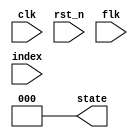
// finite state machine - FF block
module fsm (
  input clk,
  input rst_n,
  input flk,
  input [4:0] index,
  output reg [2:0] state
);

  localparam S0 = 3'b000,
             S1 = 3'b001,
             S2 = 3'b010,
             S3 = 3'b011,
             S4 = 3'b100,
             S5 = 3'b101,
             S6 = 3'b110;

  initial begin
      state = S0;
  end
  always @(rst_n) begin
      if (rst_n == 0) begin
          state <= S0;
      end
  end
  always @(posedge clk) begin
      case(state)
          S0: if(rst_n == 1 && flk == 1 && index == 0) begin
                  state <= S1;
              end
          S1: if(index == 14) begin // Check if index is 14 (before 15 to avoid double counting)
                  state <= S2;
              end
          S2: if(index == 6) begin
                  if(flk == 0) begin
                      state <= S3;
                  end else begin
                      state <= S1;
                  end
              end
          S3: if(index == 9) begin
                  state <= S4;
              end
          S4: if(index == 1 || index == 6) begin
                  if(flk == 0) begin
                      if(index == 1) begin
                          state <= S5;
                      end
                  end else begin 
                      state <= S3;
                  end
              end
          S5: if(index == 4) begin
                  state <= S6;
              end
          S6: if(index == 1) begin
                  state <= S0;
              end
          default: begin
              state <= S0;
          end
      endcase
  end

endmodule

// index_calculating block - FF block
module index_calculating (
  input [2:0] state,
  input clk,
  input rst_n,
  output reg [4:0] index
);
  localparam S0 = 3'b000,
             S1 = 3'b001,
             S2 = 3'b010,
             S3 = 3'b011,
             S4 = 3'b100,
             S5 = 3'b101,
             S6 = 3'b110;
  always @(rst_n) begin
      if (rst_n == 0) begin
          index <= 5'b00000;
      end
  end  
  always @(posedge clk) begin 
    if (rst_n == 1) begin
      case(state)
        S0: index <= 5'b0000;
        S1: index <= index + 1;
        S2: index <= index - 1;
        S3: index <= index + 1;
        S4: index <= index - 1;
        S5: index <= index + 1;
        S6: index <= index - 1;
        default: begin
          index <= 5'b0000;
        end
      endcase
    end
  end
endmodule

    
// decode block - combinational block
module decode (
  input [4:0] index,
  output reg [15:0] led
);

  always @(index) begin
      case (index)
          5'b00000 : led = 16'b00_00_00_00_00_00_00_01; //0
          5'b00001 : led = 16'b00_00_00_00_00_00_00_11; //1
          5'b00010 : led = 16'b00_00_00_00_00_00_01_11; //2 
          5'b00011 : led = 16'b00_00_00_00_00_00_11_11; //3
          5'b00100 : led = 16'b00_00_00_00_00_01_11_11; //4
          5'b00101 : led = 16'b00_00_00_00_00_11_11_11; //5
          5'b00110 : led = 16'b00_00_00_00_01_11_11_11; //6
          5'b00111 : led = 16'b00_00_00_00_11_11_11_11; //7
          5'b01000 : led = 16'b00_00_00_01_11_11_11_11; //8
          5'b01001 : led = 16'b00_00_00_11_11_11_11_11; //9
          5'b01010 : led = 16'b00_00_01_11_11_11_11_11; //10
          5'b01011 : led = 16'b00_00_11_11_11_11_11_11; //11
          5'b01100 : led = 16'b00_01_11_11_11_11_11_11; //12
          5'b01101 : led = 16'b00_11_11_11_11_11_11_11; //13
          5'b01110 : led = 16'b01_11_11_11_11_11_11_11; //14
          5'b01111 : led = 16'b11_11_11_11_11_11_11_11; //15
          5'b10000 : led = 16'b00_00_00_00_00_00_00_00; // Off all led
          default : begin
          led = 16'b00_00_00_00_00_00_00_00;
		  end
      endcase
  end

endmodule

module bound_flasher (
  input rst_n,
  input clk,
  input flk,
  output[15:0] led
);

  wire [2:0] state;
  wire [4:0] index;

  fsm fsm_run(
    .clk(clk),
    .rst_n(rst_n),
    .flk(flk),
    .index(index),
    .state(state)
  );

  index_calculating index_calculating_run(
    .state(state),
    .clk(clk),
    .rst_n(rst_n),
    .index(index)
  );
	
  decode decode_run(
    .index(index),
    .led(led)
  );

endmodule